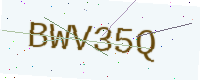
Text: BWV35Q